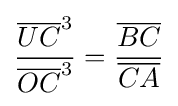
{\frac {{\overline {UC}}^{3}}{{\overline {OC}}^{3}}}={\frac {\overline {BC}}{\overline {CA}}}